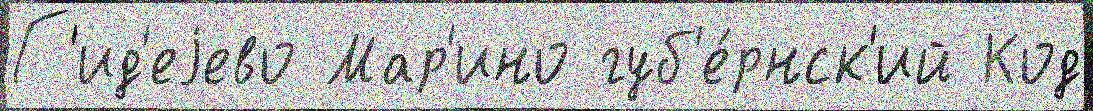
Г'ид'еjево Мар'ино губ'е́рнск'ий Код